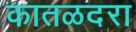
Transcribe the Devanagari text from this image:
कातळदरा